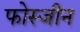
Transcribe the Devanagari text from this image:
फोस्जीन